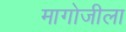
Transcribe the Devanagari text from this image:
मागोजीला